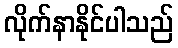
လိုက်နာနိုင်ပါသည်